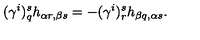
( \gamma ^ { i } ) _ { q } ^ { s } h _ { \alpha r , \beta s } = - ( \gamma ^ { i } ) _ { r } ^ { s } h _ { \beta q , \alpha s } .